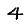
Digit: 4